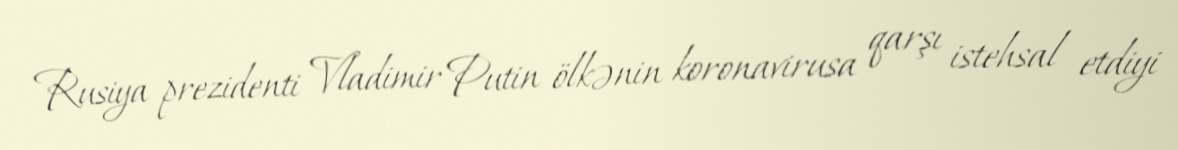
Rusiya prezidenti Vladimir Putin ölkənin koronavirusa qarşı istehsal etdiyi